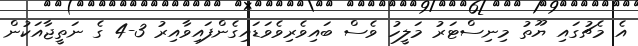
އެ މެޗުގައި ޔޫތު މިނިސްޓަރު މަލީހު ވެސް ބައިވެރިވެވަޑައިގެންފައިވާއިރު 3-4 ގެ ނަތީޖާއަކުން